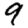
Digit: 9